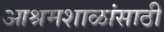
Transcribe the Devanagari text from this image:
आश्रमशाळांसाठी